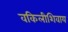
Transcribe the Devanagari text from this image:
वकिलीशिवाय